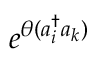
e ^ { \theta ( a _ { i } ^ { \dagger } { } a _ { k } ) }